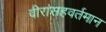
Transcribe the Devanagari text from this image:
वीरांसहवर्तमान